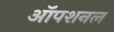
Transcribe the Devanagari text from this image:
ऑपशनल